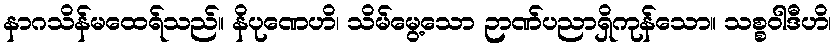
နာဂသိန်မထေရ်သည်။ နိပုဏေဟိ၊ သိမ်မွေ့သော ဉာဏ်ပညာရှိကုန်သော။ သစ္စဝါဒီဟိ၊